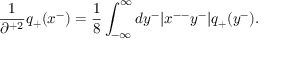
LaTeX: \frac { 1 } { \partial ^ { + 2 } } q _ { + } ( x ^ { - } ) = \frac { 1 } { 8 } \int _ { - \infty } ^ { \infty } d y ^ { - } | x ^ { -- } y ^ { - } | q _ { + } ( y ^ { - } ) .